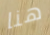
هنا